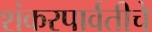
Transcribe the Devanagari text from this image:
शंकरपार्वतीचे